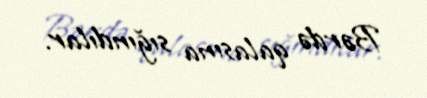
Bərdə qalasına sığındılar.